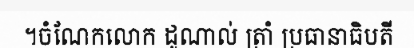
។ចំណែកលោក ដូណាល់ ត្រាំ ប្រធានាធិបតី